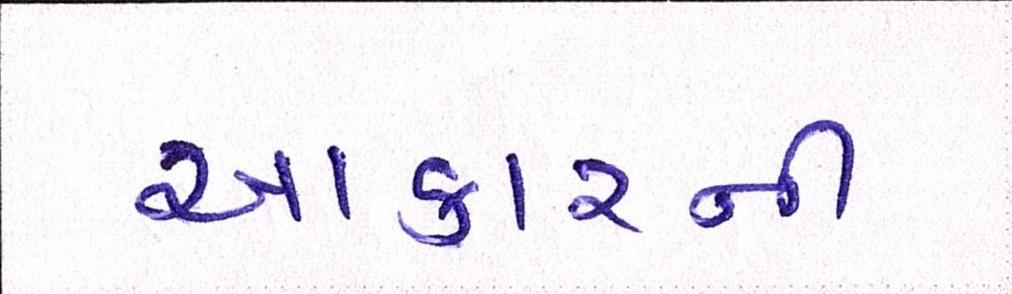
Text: આકારની